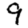
Digit: 9